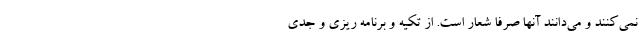
نمی‌کنند و می‌دانند آنها صرفا شعار است. از تکیه و برنامه ریزی و جدی